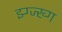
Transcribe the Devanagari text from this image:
झ्ग्ज्ख्ग